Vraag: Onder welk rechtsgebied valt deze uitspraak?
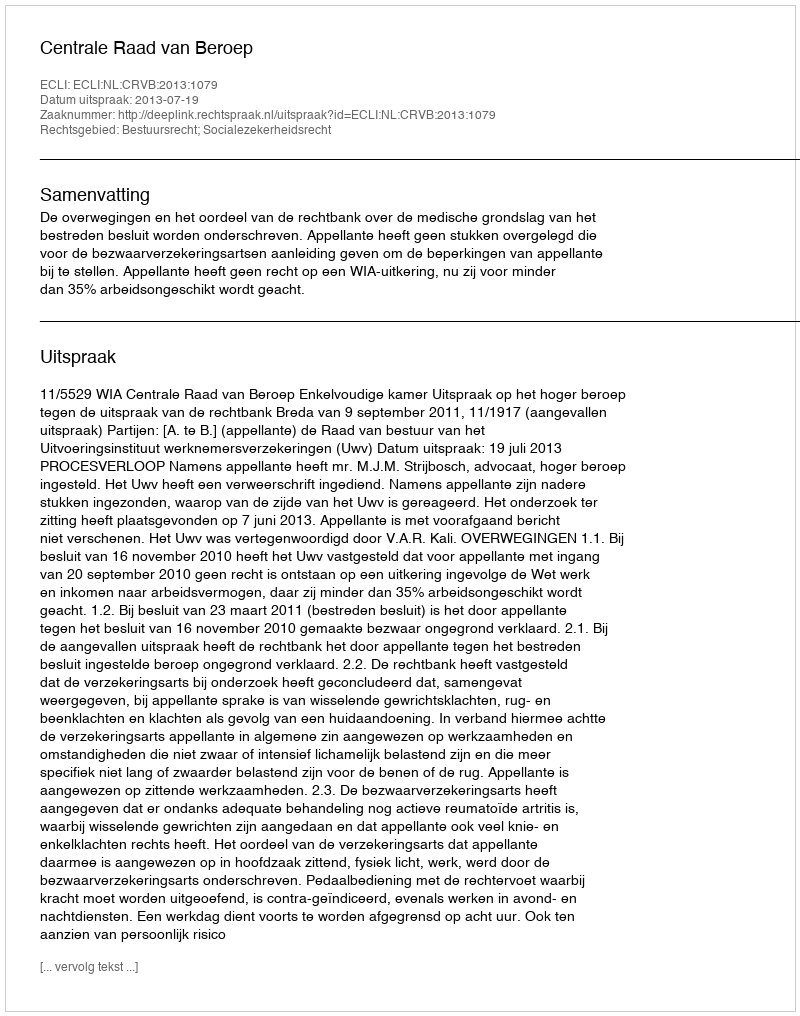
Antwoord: Bestuursrecht; Socialezekerheidsrecht